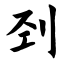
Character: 刭